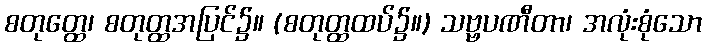
စတုတ္ထေ၊ စတုတ္ထအပြင်၌။ (စတုတ္ထထပ်၌။) သဗ္ဗပဏီတာ၊ အလုံးစုံသော